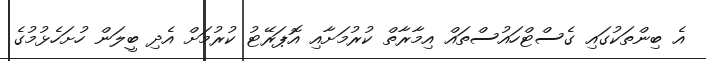
އެ ބިންތަކުގައި ގެސްޓްހައުސްތައް އިމާރާތް ކުރުމަށާއި އޮޕަރޭޓު ކުރުމަށް އެދި ބީލަން ހުށަހެޅުމުގެ